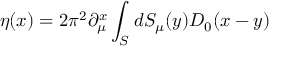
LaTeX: \eta ( x ) = 2 \pi ^ { 2 } \partial _ { \mu } ^ { x } \int _ { S } ^ { } d S _ { \mu } ( y ) D _ { 0 } ( x - y )